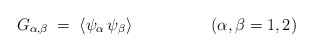
\begin{align*}G_{\alpha,\beta} \;=\; \langle \psi_\alpha\,\psi_\beta \rangle\hspace{2cm}(\alpha,\beta=1,2)\end{align*}